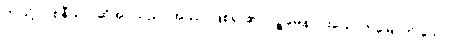
ဤသို့။ ဝစနီယာ၊ ဆိုအပ်သည်။ အဿ၊ ဖြစ်ရာ၏။ ပဉ္စမေန၊ ငါးယောက်မြောက် သော။